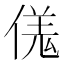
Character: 𫣌